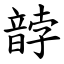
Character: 䪬